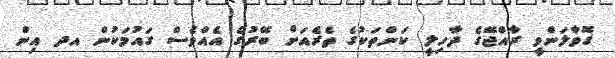
ގޮވާލަންވީ ރާއްޖޭގެ ދާހިލީ ކަންތަކުގެ ތެރެއަށް ބޭރުގެ އެއްވެސް ގައުމަކުން އދ އިން